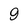
Character: 9